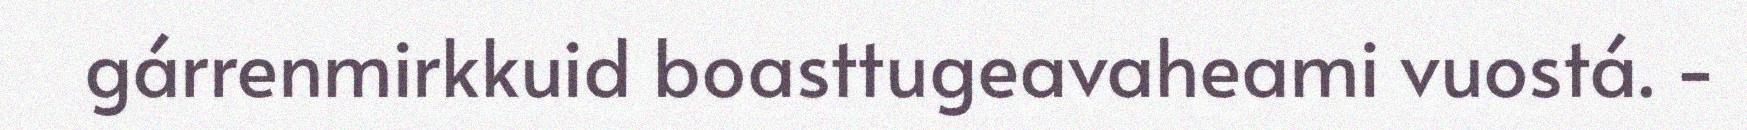
gárrenmirkkuid boasttugeavaheami vuostá. -